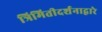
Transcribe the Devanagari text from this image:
त्रिमितीदर्शनाद्वारे